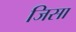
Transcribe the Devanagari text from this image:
जिसा